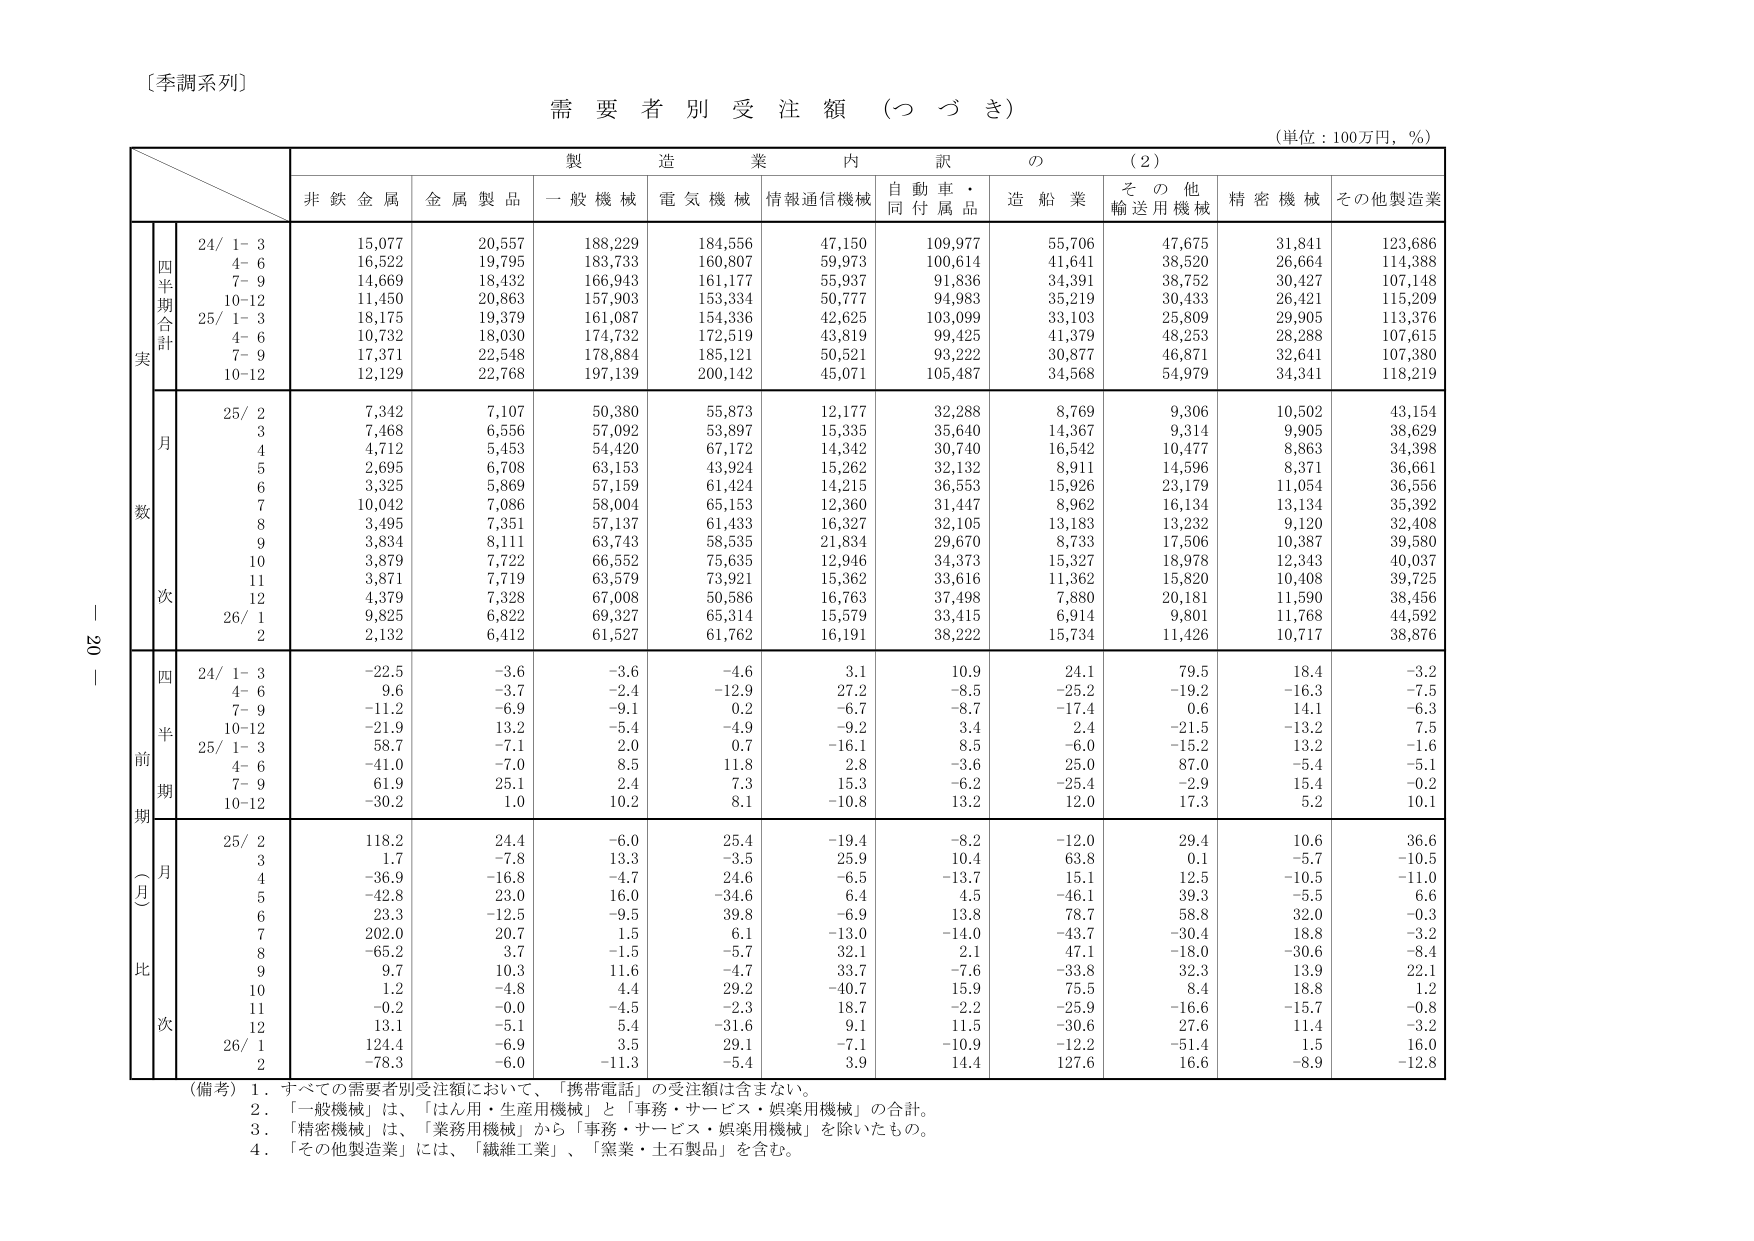
〔季調系列〕

需要者別受注額（つづき）

（単位：100万円，％）

製造業内訳の（2）

非鉄金属　金属製品　一般機械　電気機械　情報通信機械　自動車・同付属品　造船業　その他輸送用機械　精密機械　その他製造業

実数

四半期合計

24/ 1-3　15,077　20,557　188,229　184,556　47,150　109,977　55,706　47,675　31,841　123,686
　　4-6　16,522　19,795　183,733　160,807　59,973　100,614　41,641　38,520　26,664　114,388
　　7-9　14,669　18,432　166,943　161,177　55,937　91,836　34,391　38,752　30,427　107,148
　　10-12　11,450　20,863　157,903　153,334　50,777　94,983　35,219　30,433　26,421　115,209
25/ 1-3　18,175　19,379　161,087　154,336　42,625　103,099　33,103　25,809　29,905　113,376
　　4-6　10,732　18,030　174,732　172,519　43,819　99,425　41,379　48,253　28,288　107,615
　　7-9　17,371　22,548　178,884　185,121　50,521　93,222　30,877　46,871　32,641　107,380
　　10-12　12,129　22,768　197,139　200,142　45,071　105,487　34,568　54,979　34,341　118,219

月次

25/ 2　7,342　7,107　50,380　55,873　12,177　32,288　8,769　9,306　10,502　43,154
　　3　7,468　6,556　57,092　53,897　15,335　35,640　14,367　9,314　9,905　38,629
　　4　4,712　5,453　54,420　67,172　14,342　30,740　16,542　10,477　8,863　34,398
　　5　2,695　6,708　63,153　43,924　15,262　32,132　8,911　14,596　8,371　36,661
　　6　3,325　5,869　57,159　61,424　14,215　36,553　15,926　23,179　11,054　36,556
　　7　10,042　7,086　58,004　65,153　12,360　31,447　8,962　16,134　13,134　35,392
　　8　3,495　7,351　57,137　61,433　16,327　32,105　13,183　13,232　9,120　32,408
　　9　3,834　8,111　63,743　58,335　21,834　29,670　8,733　17,506　10,387　39,580
　　10　3,879　7,722　66,552　75,635　12,946　34,373　15,327　18,978　12,343　40,037
　　11　3,871　7,719　63,579　73,921　15,362　33,616　11,362　15,820　10,408　39,725
　　12　4,379　7,328　67,008　50,586　16,763　37,498　7,880　20,181　11,590　38,456
26/ 1　9,825　6,822　69,327　65,314　15,579　33,415　6,914　9,801　11,768　44,592
　　2　2,132　6,412　61,527　61,762　16,191　38,222　15,734　11,426　10,717　38,876

前期（月比）

四半期

24/ 1-3　-22.5　-3.6　-3.6　-4.6　3.1　10.9　24.1　79.5　18.4　-3.2
　　4-6　9.6　-3.7　-2.4　-12.9　27.2　-8.5　-25.2　-19.2　-16.3　-7.5
　　7-9　-11.2　-6.9　-9.1　0.2　-6.7　-8.7　-17.4　0.6　14.1　-6.3
　　10-12　-21.9　13.2　-5.4　-4.9　-9.2　3.4　2.4　-21.5　-13.2　7.5
25/ 1-3　58.7　-7.1　2.0　0.7　-16.1　8.5　-6.0　-15.2　13.2　-1.6
　　4-6　-41.0　-7.0　8.5　11.8　2.8　-3.6　25.0　87.0　-5.4　-5.1
　　7-9　61.9　25.1　2.4　7.3　15.3　-6.2　-25.4　-2.9　15.4　-0.2
　　10-12　-30.2　1.0　10.2　8.1　-10.8　13.2　12.0　17.3　5.2　10.1

月次

25/ 2　118.2　24.4　-6.0　25.4　-19.4　-8.2　-12.0　29.4　10.6　36.6
　　3　1.7　-7.8　13.3　-3.5　25.9　10.4　63.8　0.1　-5.7　-10.5
　　4　-36.9　-16.8　-4.7　24.6　-6.5　-13.7　15.1　12.5　-10.5　-11.0
　　5　-42.8　23.0　16.0　-34.6　6.4　4.5　-46.1　39.3　-5.5　6.6
　　6　23.3　-12.5　-9.5　39.8　-6.9　13.8　78.7　58.8　32.0　-0.3
　　7　202.0　20.7　1.5　6.1　-13.0　-14.0　-43.7　-30.4　18.8　-3.2
　　8　-65.2　3.7　-1.5　-5.7　32.1　2.1　47.1　-18.0　-30.6　-8.4
　　9　9.7　10.3　11.6　-4.7　33.7　-7.6　-33.8　32.3　13.9　22.1
　　10　1.2　-4.8　4.4　29.2　-40.7　15.9　75.5　8.4　18.8　1.2
　　11　-0.2　-0.0　-4.5　-2.3　18.7　-2.2　-25.9　-16.6　-15.7　-0.8
　　12　13.1　-5.1　5.4　-31.6　9.1　11.5　-30.6　27.6　11.4　-3.2
26/ 1　124.4　-6.9　3.5　29.1　-7.1　-10.9　-12.2　-51.4　1.5　16.0
　　2　-78.3　-6.0　-11.3　-5.4　3.9　14.4　127.6　16.6　-8.9　-12.8

（備考）1．すべての需要者別受注額において、「携帯電話」の受注額は含まない。
　　　2．「一般機械」は、「はん用・生産用機械」と「事務・サービス・娯楽用機械」の合計。
　　　3．「精密機械」は、「業務用機械」から「事務・サービス・娯楽用機械」を除いたもの。
　　　4．「その他製造業」には、「繊維工業」、「窯業・土石製品」を含む。